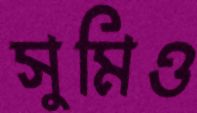
সুমিও